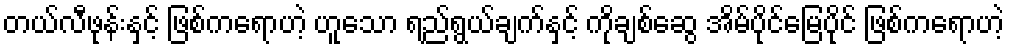
တယ်လီဖုန်းနှင့် ဖြစ်ကရောဟဲ့ ဟူသော ရည်ရွယ်ချက်နှင့် ကိုချစ်ဆွေ အိမ်ပိုင်မြေပိုင် ဖြစ်ကရောဟဲ့